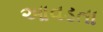
આવડતા